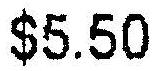
$5.50